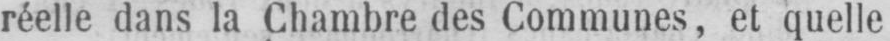
réelle dans la Chambre des Communes, et quelle